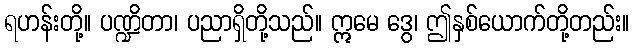
ရဟန်းတို့။ ပဏ္ဍိတာ၊ ပညာရှိတို့သည်။ ဣမေ ဒွေ၊ ဤနှစ်ယောက်တို့တည်း။